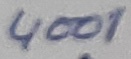
Text: 4001